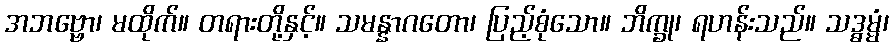
အဘဗ္ဗော၊ မထိုက်။ တရားတို့နှင့်။ သမန္နာဂတော၊ ပြည့်စုံသော။ ဘိက္ခု၊ ရဟန်းသည်။ သဒ္ဓမ္မံ၊